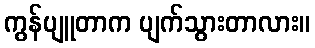
ကွန်ပျူတာက ပျက်သွားတာလား။